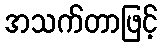
အသက်တာဖြင့်